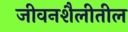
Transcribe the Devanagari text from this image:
जीवनशैलीतील